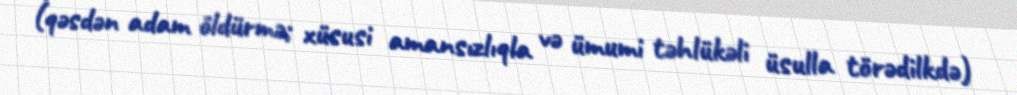
(qəsdən adam öldürmə; xüsusi amansızlıqla və ümumi təhlükəli üsulla törədilkdə)